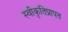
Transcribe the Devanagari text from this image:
स्वीकृतिप्रापत